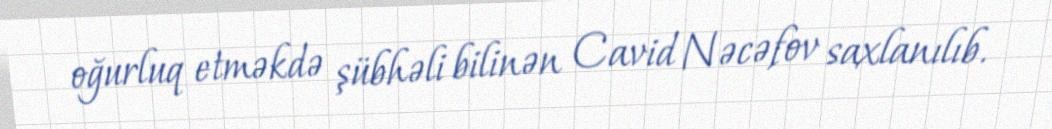
oğurluq etməkdə şübhəli bilinən Cavid Nəcəfov saxlanılıb.